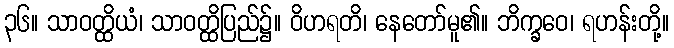
၃၆။ သာဝတ္ထိယံ၊ သာဝတ္ထိပြည်၌။ ဝိဟရတိ၊ နေတော်မူ၏။ ဘိက္ခဝေ၊ ရဟန်းတို့။